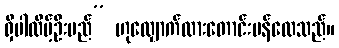
ရှိပါလိမ့်ဦးမည်” ဟုလျှောက်ထားတောင်းပန်လေသည်။